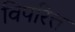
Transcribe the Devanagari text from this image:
विपरित्त